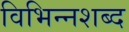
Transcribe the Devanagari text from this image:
विभिन्नशब्द